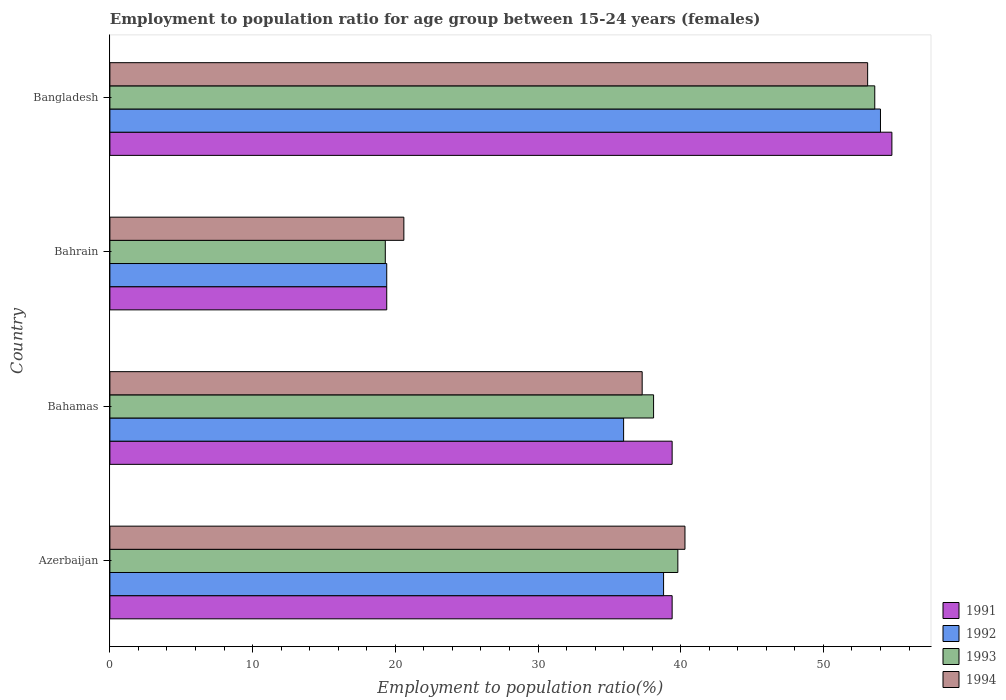
| Country | 1991 | 1992 | 1993 | 1994 |
 | --- | --- | --- | --- | --- |
 | Azerbaijan | 39.4 | 38.8 | 39.8 | 40.3 |
 | Bahamas | 39.4 | 36 | 38.1 | 37.3 |
 | Bahrain | 19.4 | 19.4 | 19.3 | 20.6 |
 | Bangladesh | 54.8 | 54 | 53.6 | 53.1 |